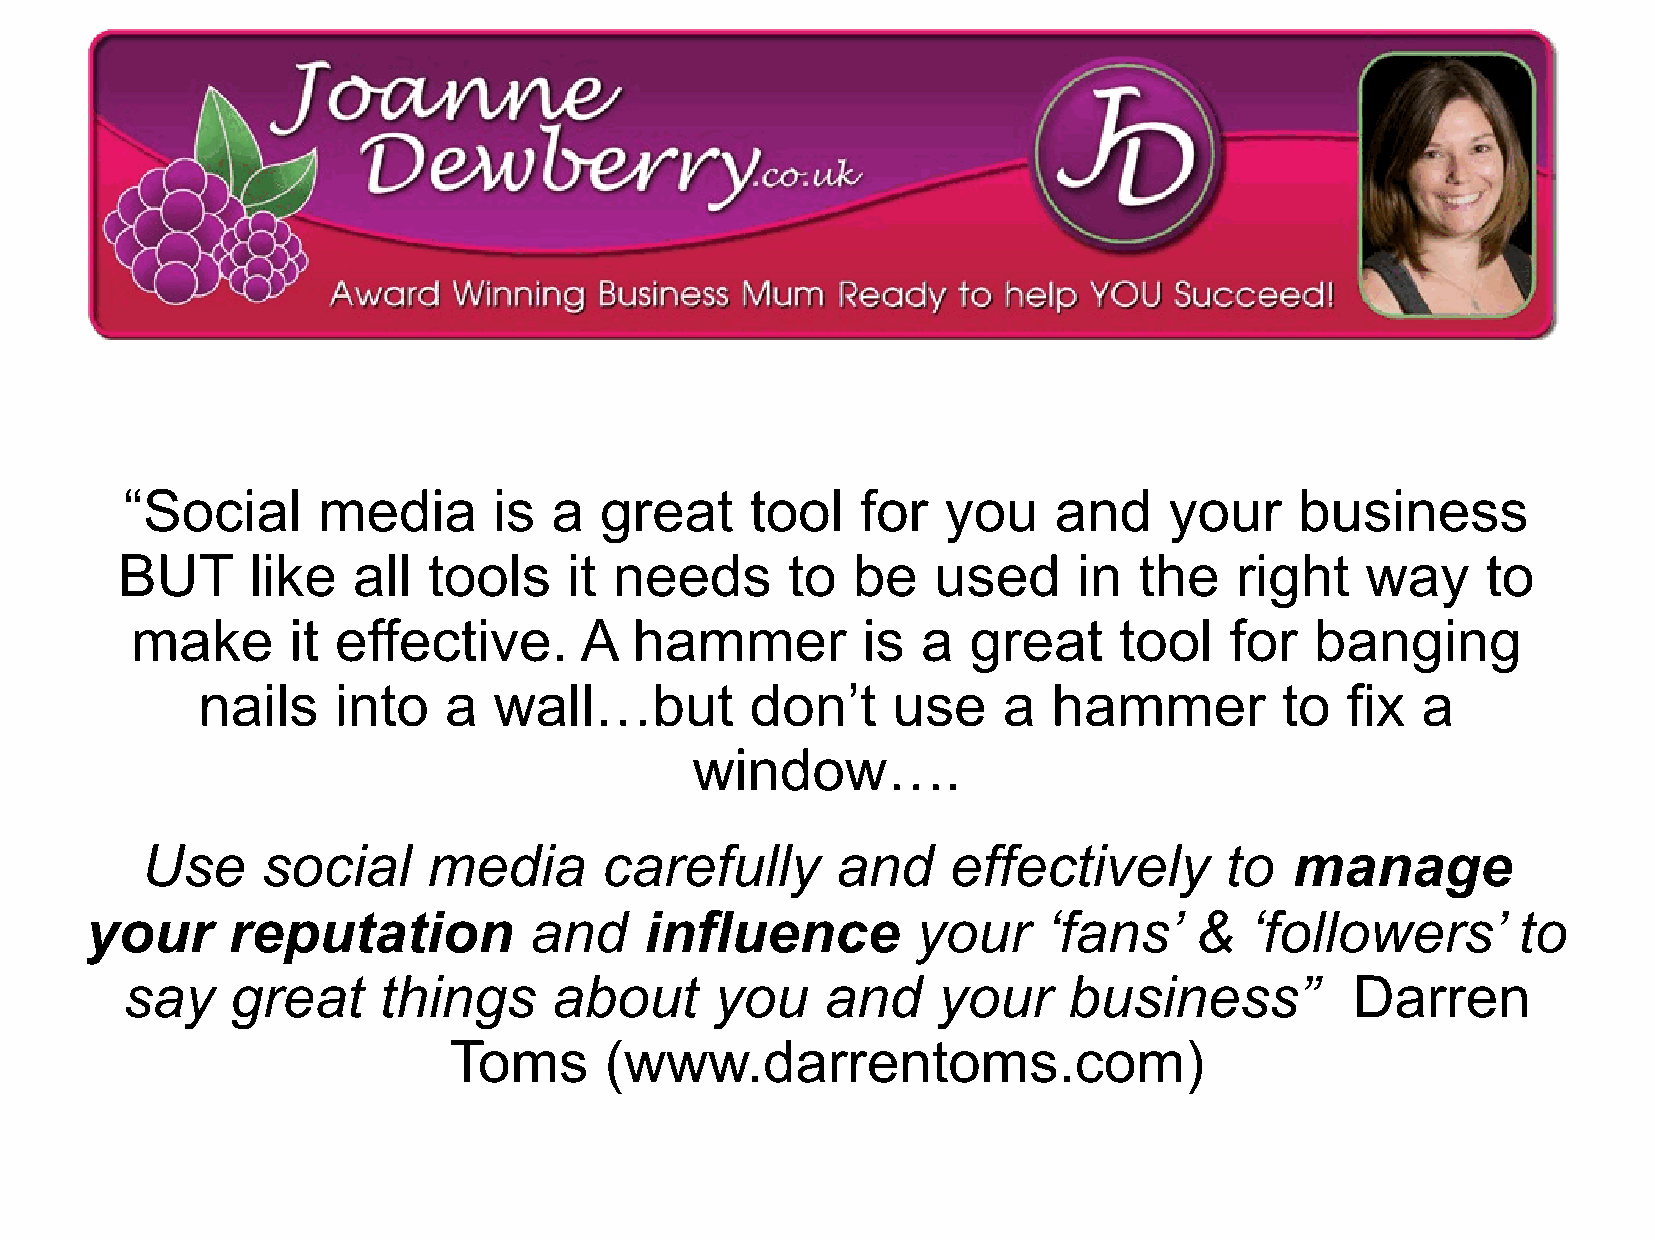
“Social      media       is  a  great     tool   for  you     and    your     business
 BUT     like   all  tools     it needs      to  be    used     in  the    right   way     to
 make      it effective.      A   hammer         is  a  great     tool   for   banging
 nails    into   a   wall…but         don’t    use    a   hammer         to  fix  a
 window….
 Use     social     media       carefully      and     effectively       to   manage
 your     reputation          and     influence         your    ‘fans’    &   ‘followers’      to
 say    great     things      about     you     and    your     business”          Darren
 Toms      (www.darrentoms.com)